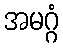
အမဂ္ဂံ